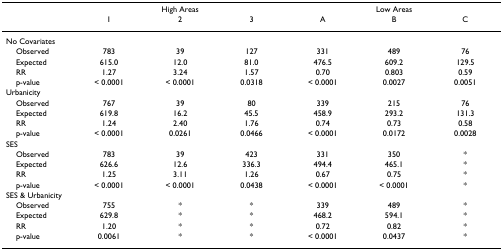
|  | <COLSPAN=3> High Areas | <COLSPAN=3> Low Areas |
 |  | 1 | 2 | 3 | A | B | C |
 | --- | --- | --- | --- | --- | --- | --- |
 | No Covariates |  |  |  |  |  |  |
 | Observed | 783 | 39 | 127 | 331 | 489 | 76 |
 | Expected | 615.0 | 12.0 | 81.0 | 476.5 | 609.2 | 129.5 |
 | RR | 1.27 | 3.24 | 1.57 | 0.70 | 0.803 | 0.59 |
 | p-value | < 0.0001 | < 0.0001 | 0.0318 | < 0.0001 | 0.0027 | 0.0051 |
 | Urbanicity |  |  |  |  |  |  |
 | Observed | 767 | 39 | 80 | 339 | 215 | 76 |
 | Expected | 619.8 | 16.2 | 45.5 | 458.9 | 293.2 | 131.3 |
 | RR | 1.24 | 2.40 | 1.76 | 0.74 | 0.73 | 0.58 |
 | p-value | < 0.0001 | 0.0261 | 0.0466 | < 0.0001 | 0.0172 | 0.0028 |
 | SES |  |  |  |  |  |  |
 | Observed | 783 | 39 | 423 | 331 | 350 | * |
 | Expected | 626.6 | 12.6 | 336.3 | 494.4 | 465.1 | * |
 | RR | 1.25 | 3.11 | 1.26 | 0.67 | 0.75 | * |
 | p-value | < 0.0001 | < 0.0001 | 0.0438 | < 0.0001 | < 0.0001 | * |
 | SES & Urbanicity |  |  |  |  |  |  |
 | Observed | 755 | * | * | 339 | 489 | * |
 | Expected | 629.8 | * | * | 468.2 | 594.1 | * |
 | RR | 1.20 | * | * | 0.72 | 0.82 | * |
 | p-value | 0.0061 | * | * | < 0.0001 | 0.0437 | * |